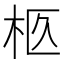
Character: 柩